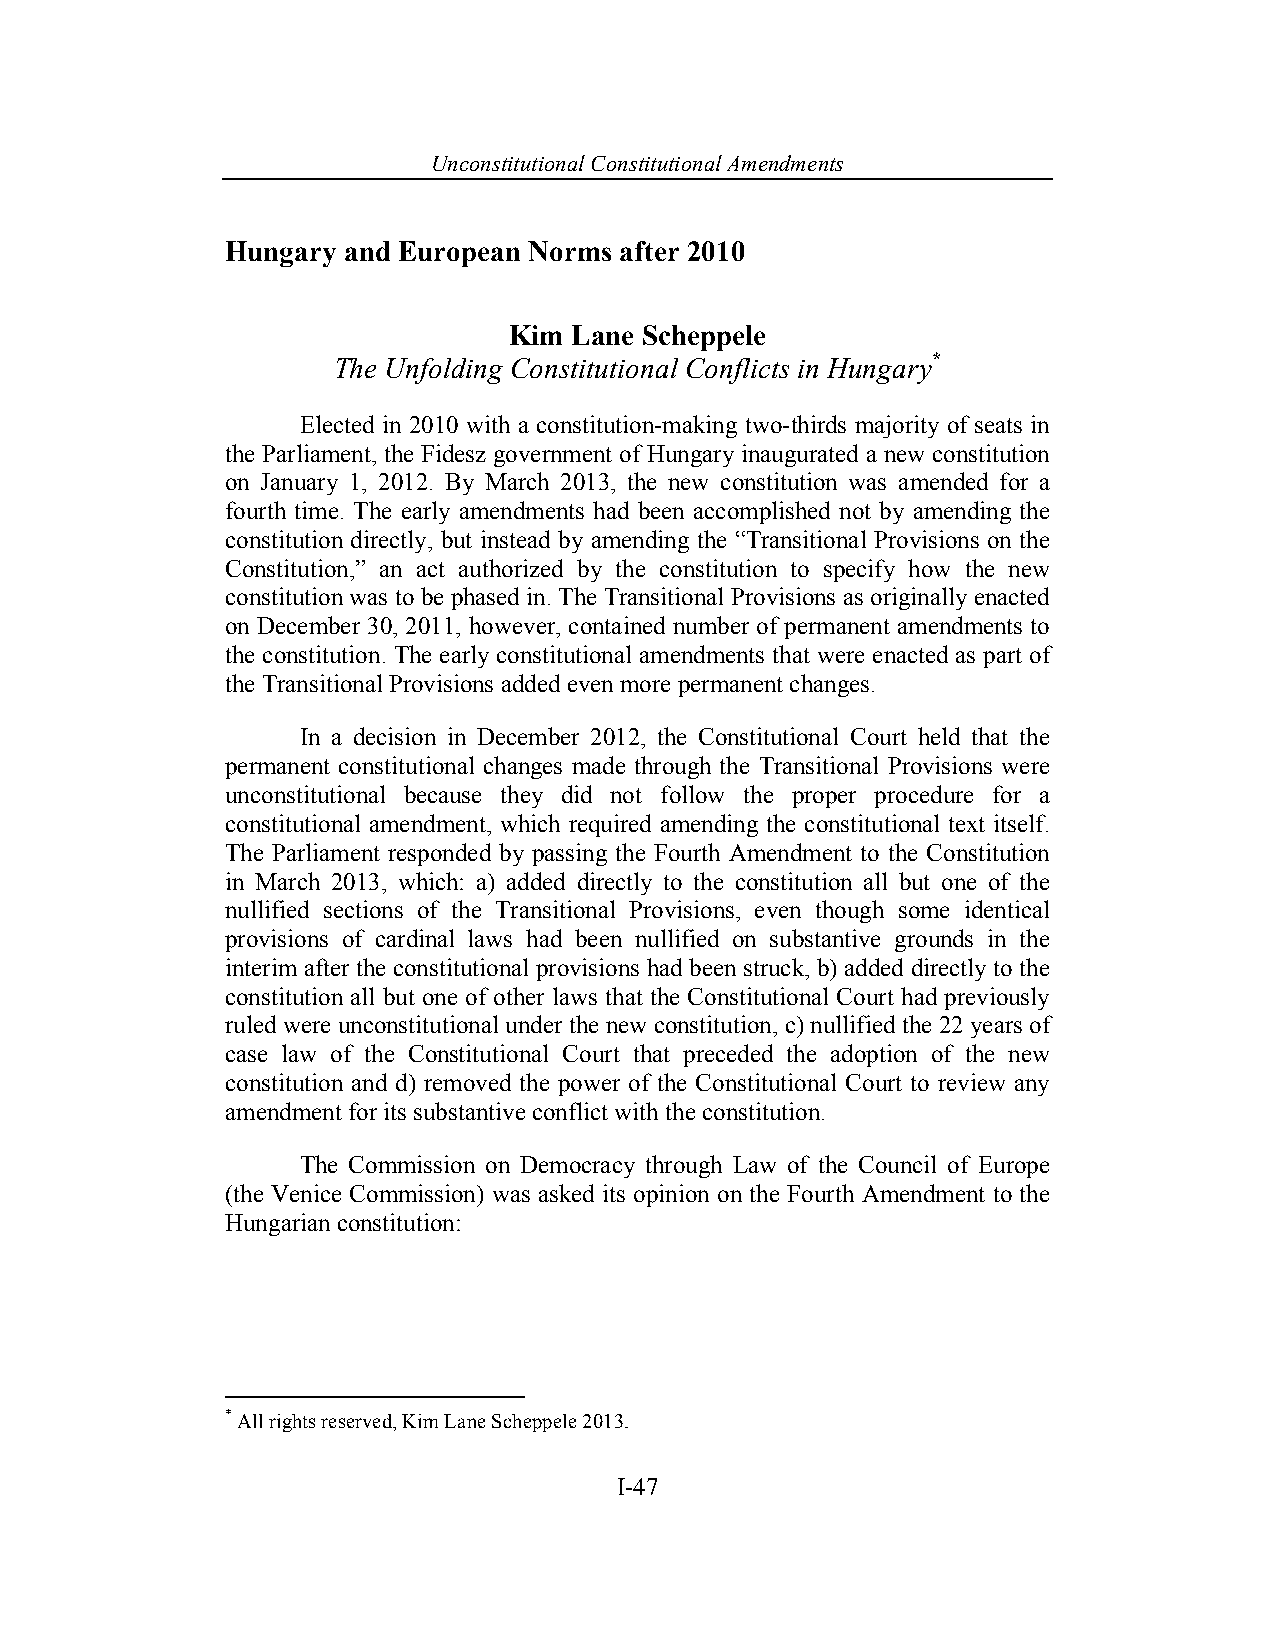
Unconstitutional Con stitutional Amendments
 Hungary and European Norms after 2010
 Kim Lane Scheppele
 The Unfolding Constitutional Conflicts in Hungary*
 Elected in 2010 with a constitution-making two-thirds majority of seats in
 the Parliament, the Fidesz government of Hungary inaugurated a new constitution
 on January 1, 2012. By March 2013, the new constitution was amended for a
 fourth time. The early amendments had been accomplished not by amending the
 constitution directly, but instead by amending the “Transitional Provisions on the
 Constitution,” an act authorized by the constitution to specify how the new
 constitution was to be phased in. The Transitional Provisions as originally enacted
 on December 30, 2011, however, contained number of permanent amendments to
 the constitution. The early constitutional amendments that were enacted as part of
 the Transitional Provisions added even more permanent changes.
 In a decision in December 2012, the Constitutional Court held that the
 permanent constitutional changes made through the Transitional Provisions were
 unconstitutional because they did not follow the proper procedure for a
 constitutional amendment, which required amending the constitutional text itself.
 The Parliament responded by passing the Fourth Amendment to the Constitution
 in March 2013, which: a) added directly to the constitution all but one of the
 nullified sections of the Transitional Provisions, even though some identical
 provisions of cardinal laws had been nullified on substantive grounds in the
 interim after the constitutional provisions had been struck, b) added directly to the
 constitution all but one of other laws that the Constitutional Court had previously
 ruled were unconstitutional under the new constitution, c) nullified the 22 years of
 case law of the Constitutional Court that preceded the adoption of the new
 constitution and d) removed the power of the Constitutional Court to review any
 amendment for its substantive conflict with the constitution.
 The Commission on Democracy through Law of the Council of Europe
 (the Venice Commission) was asked its opinion on the Fourth Amendment to the
 Hungarian constitution:
 * All rights reserved, Kim Lane Scheppele 2013.
 I-47